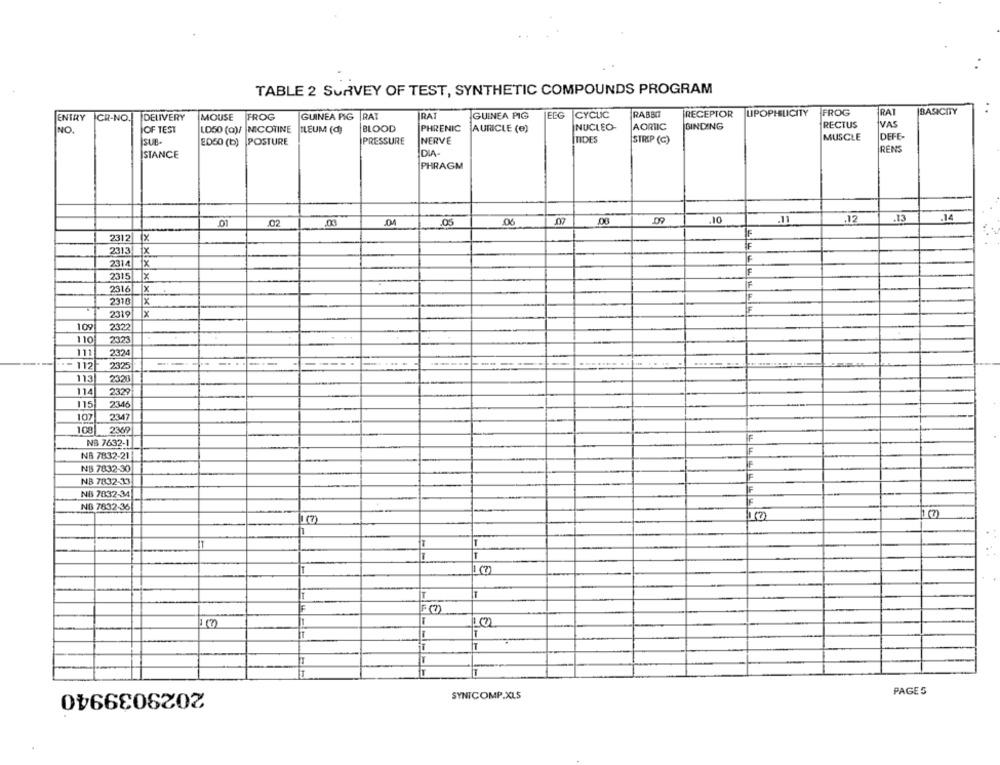
TABLE 2 SURVEY OF TEST, SYNTHETIC COMPOUNDS PROGRAM
CR-NO .!
DELIVERY
FROG
GUINEA PIG |RAT
RAT
GUINEA PIG
ELG
CYCLIC
RABBIT
RECEPTOR
UPOPHSUICITY
FROG
RAT
BASICITY
ENTRY
MOUSE
IVAS
NO.
OF TEST
LD50 (a)/ NICOTINE TLEUM (d)
BLOOD
PHRENIC
AURICLE (e)
NUCLEO-
AORTIC
BINDING
RECTUS
MUSCLE
DEFE-
İsun.
ED50 (b)
POSTURE
PRESSURE
NERVE
TIDES
STRIP (C)
ISTANCE
DIA
RENS
PHRAGM
.01
.02
.00
.04
.05
06
.10
.11
.12
.13
.14
2312| X
F
2313
X
2314
x
F
2315
23161
x
2310
x
2319
x
109
2322
110
111
2324
- 112
2325
11:
2320
11
2329
115
2346
107
2347
108
2369
NB 7632-1
IF
NA 7832-21
IF
NB 7832-30
NB 7832-33
IF
F
NB 7832-34
NB 7832-36
IT
1 (7
T
-
T
-
2029039940
SYNTCOMP.XLS
PAGES